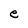
Character: e